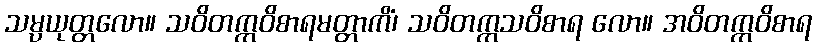
သမ္ပယုတ္တလော။ သဝိတက္ကဝိစာရမတ္တာကိံ၊ သဝိတက္ကသဝိစာရ လော။ အဝိတက္ကဝိစာရ